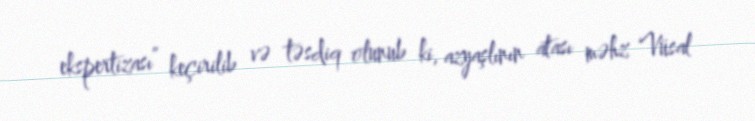
ekspertizası” keçirilib və təsdiq olunub ki, azyaşlının atası məhz Vüsal